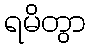
ရမိတွာ